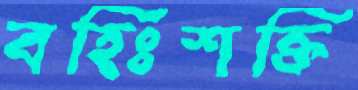
বহিঃশক্তি